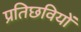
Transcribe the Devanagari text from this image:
प्रतिछवियों